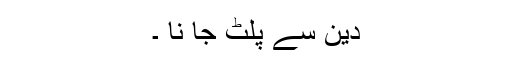
دین سے پلٹ جا نا ۔